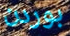
بوردن